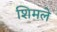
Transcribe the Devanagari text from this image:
शिमले